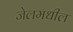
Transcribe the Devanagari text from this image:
जेलमधील